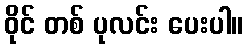
ဝိုင် တစ် ပုလင်း ပေးပါ။